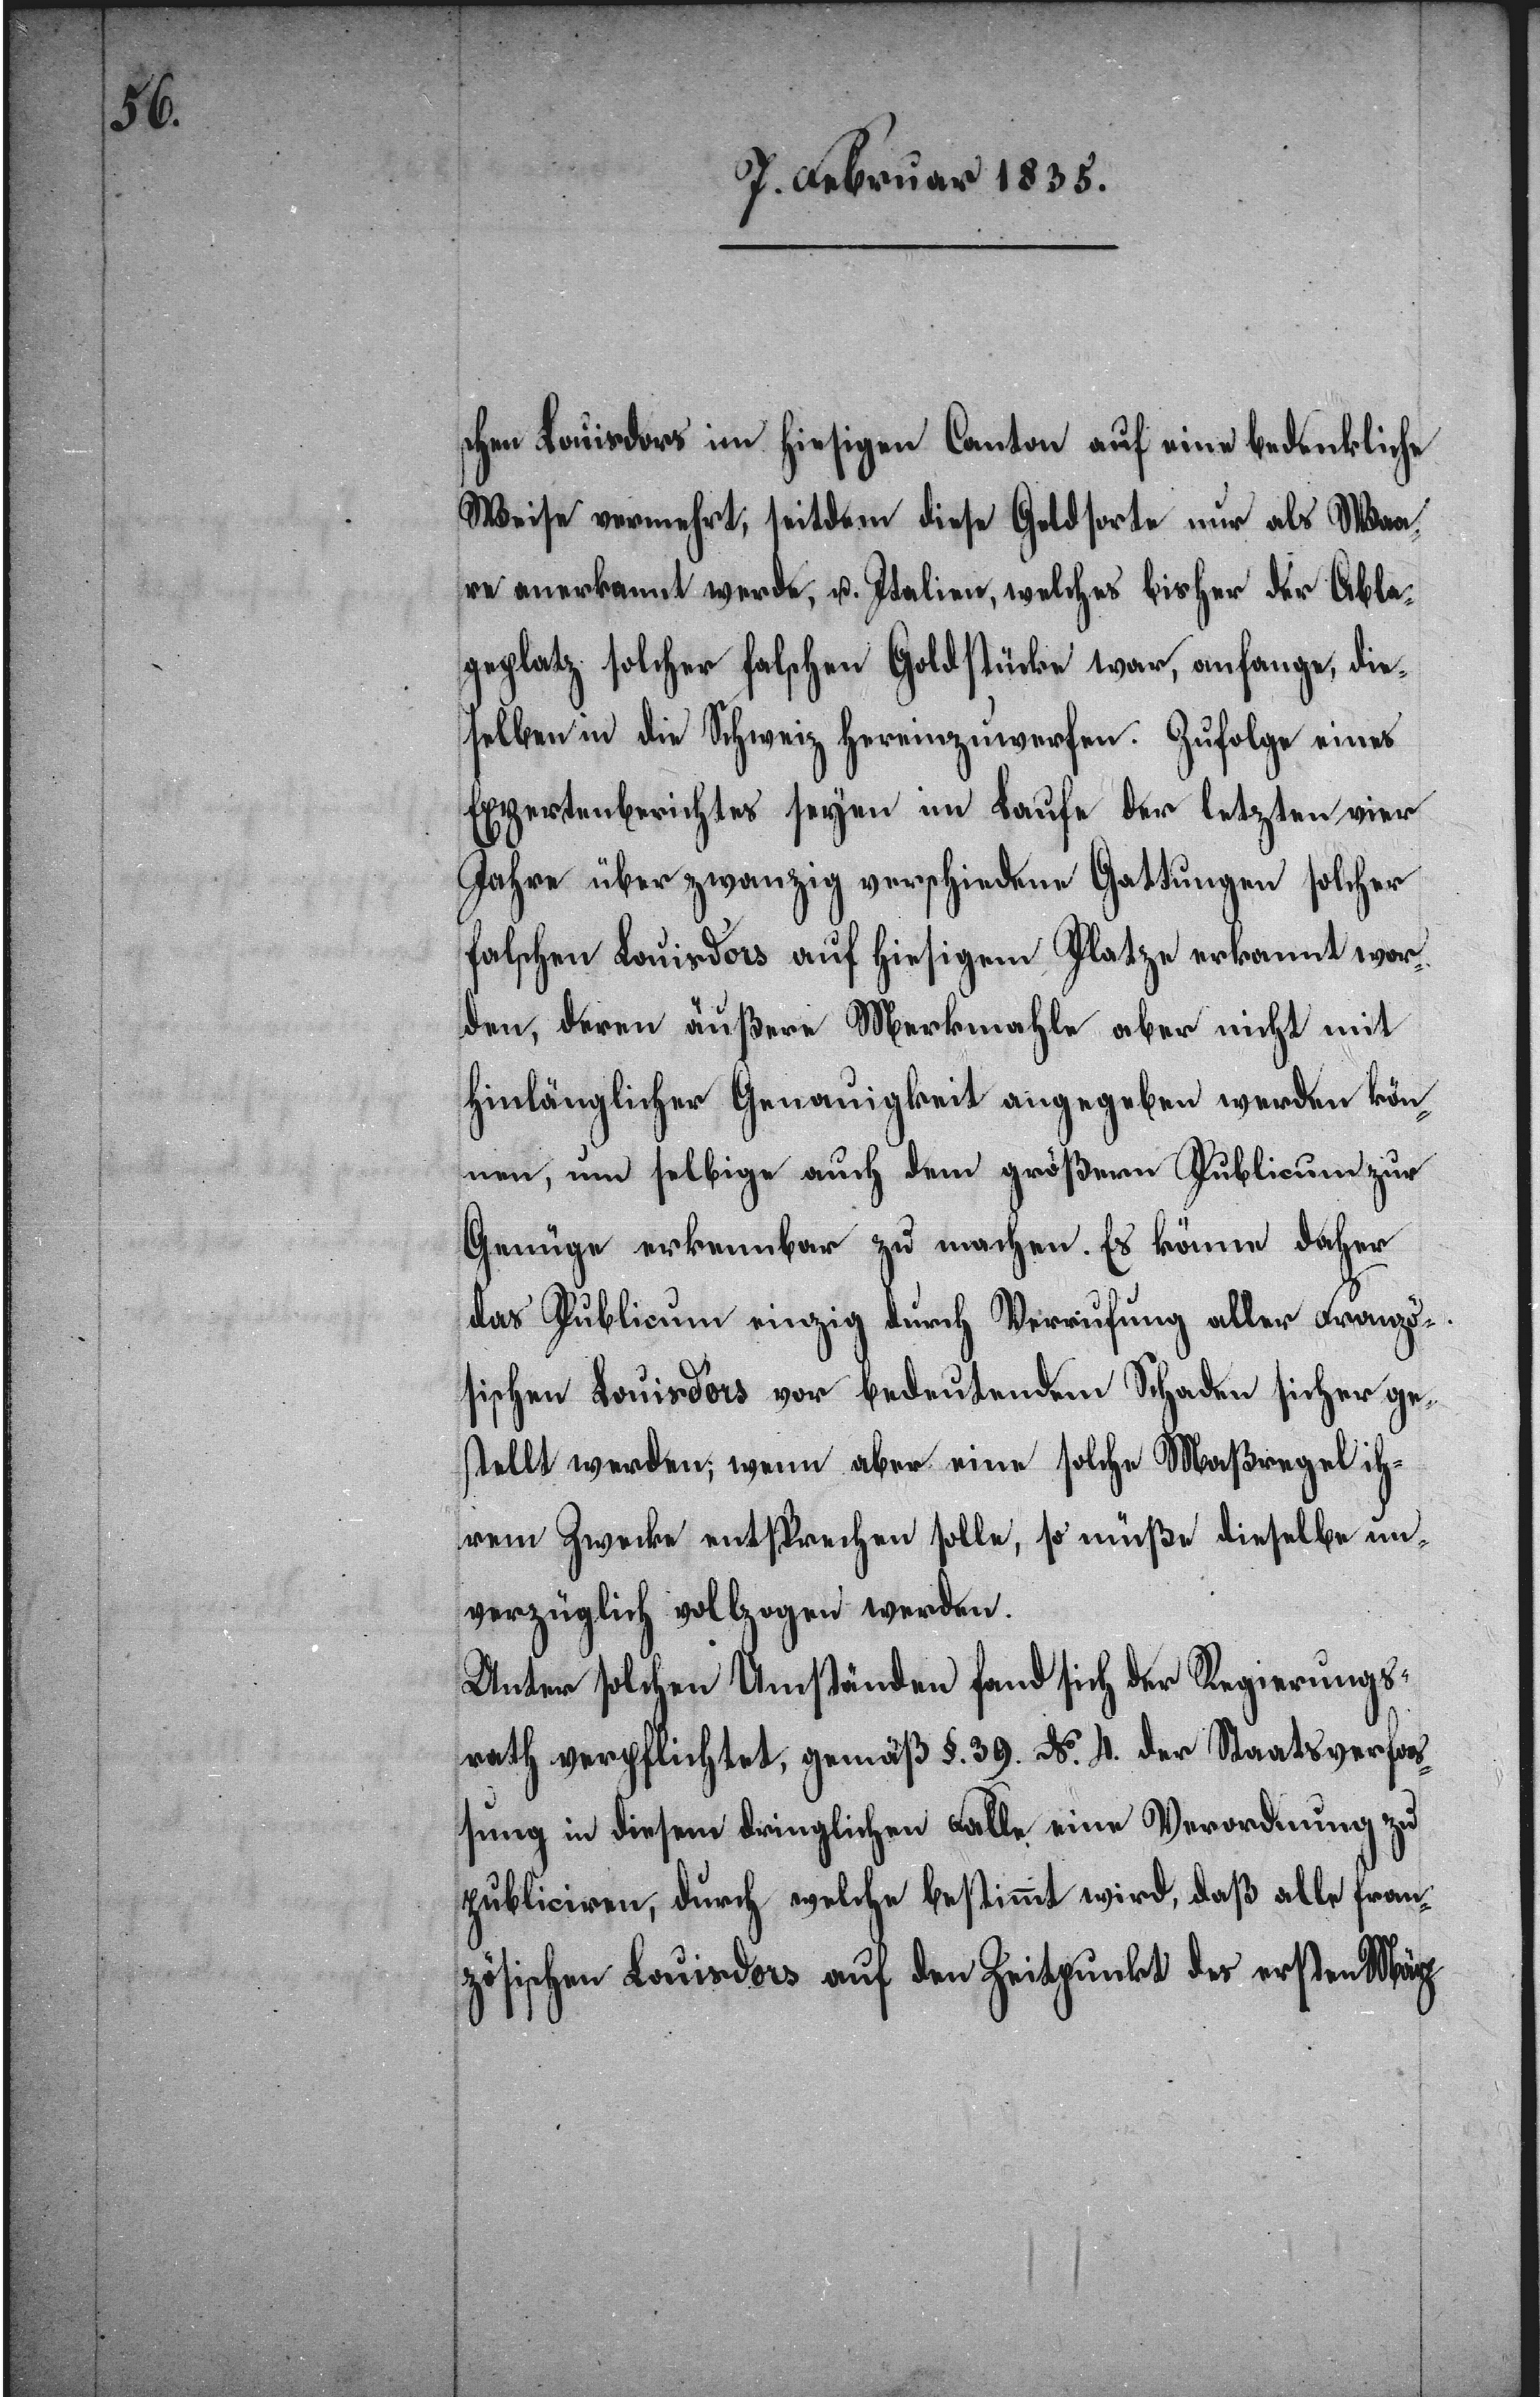
schen Louisd’ors im hiesigen Canton auf eine bedenkliche
Weise vermehrt, seitdem diese Geldsorte nur als Waar¬
e anerkannt werde, u. Italien, welches bisher der Abla¬
geplatz solcher falschen Goldstücke war, anfange, die¬
selben in die Schweiz hereinzuwerfen. Zufolge eines
Expertenberichtes seyen im Laufe der letzten vier
Jahre über zwanzig verschiedene Gattungen solcher
falschen Louisd’ors auf hiesigem Platze erkannt wor¬
den, deren äußere Merkmale aber nicht mit
hinlänglicher Genauigkeit angegeben werden kön¬
nen, und selbige auch dem größern Publicum zur
Genüge erkennbar zu machen. Es könne daher
das Publicum einzig durch Verrufung aller Franzö¬
sischen Louisd’ors vor bedeutendem Schaden sicher ge¬
stellt werden; wenn aber eine solche Maßregel ih¬
rem Zwecke entsprechen solle, so müße dießelbe un¬
verzüglich vollzogen werden.
Unter solchen Umständen fand sich der Regierungs¬
rath verpflichtet, gemäß §. 39. No. 4. der Staatsverfa¬
zu
ßung in diesem dringlichen Falle, eine Verordnung
publiciren, durch welche bestimmt wird, daß alle fran¬
zösischen Louisd’ors auf den Zeitpunkt des ersten März